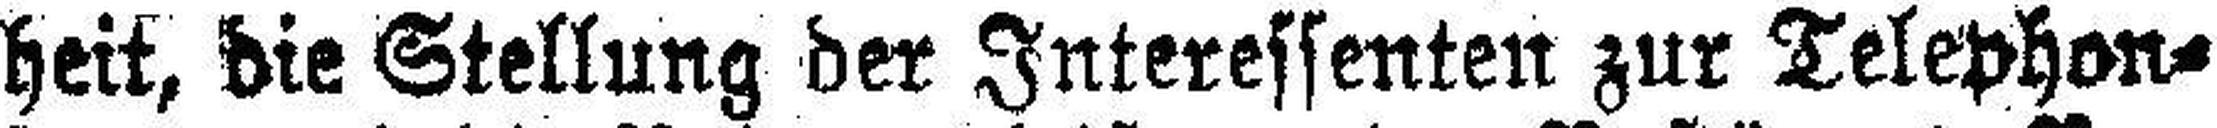
heit, die Stellung der Interessenten zur Telephon¬